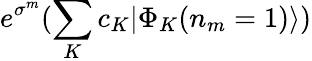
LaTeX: e^{\sigma^{m}}(\sum_{K}c_{K}|\Phi_{K}(n_{m}=1)\rangle)